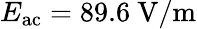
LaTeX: E_{\mathrm{ac}}=89.6~\mathrm{V/m}